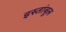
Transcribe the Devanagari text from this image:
इस्तांबूल